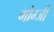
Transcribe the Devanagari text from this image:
गोग्जी